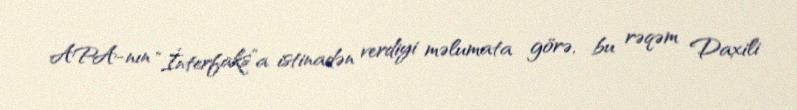
APA-nın “İnterfaks”a istinadən verdiyi məlumata görə, bu rəqəm Daxili